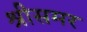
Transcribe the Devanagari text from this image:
श्रीसमर